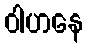
ဝါဟနေ